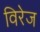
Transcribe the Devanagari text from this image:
विरेज